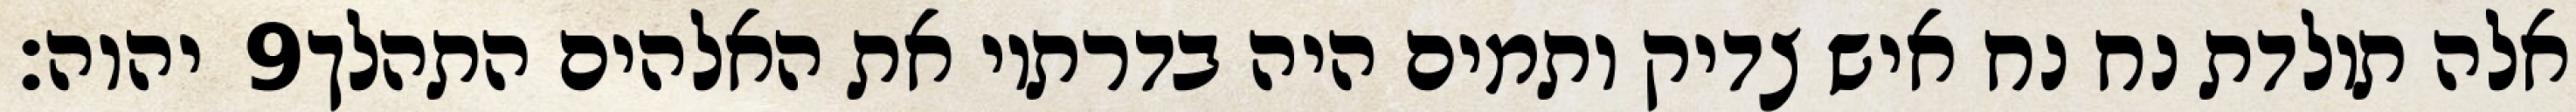
יהוה׃ ‎9‏ אלה תולדת נח נח איש צדיק ותמים היה בדרתיו את האלהים התהלך